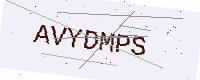
Text: AVYDMPS